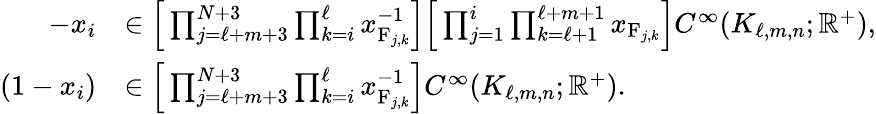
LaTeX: \begin{array}{rl}{-x_{i}}&{\in\Big[\prod_{j=\ell+m+3}^{N+3}\prod_{k=i}^{\ell}x_{\mathrm{F}_{j,k}}^{-1}\Big]\Big[\prod_{j=1}^{i}\prod_{k=\ell+1}^{\ell+m+1}x_{\mathrm{F}_{j,k}}\Big]C^{\infty}(K_{\ell,m,n};\mathbb{R}^{+}),}\\ {(1-x_{i})}&{\in\Big[\prod_{j=\ell+m+3}^{N+3}\prod_{k=i}^{\ell}x_{\mathrm{F}_{j,k}}^{-1}\Big]C^{\infty}(K_{\ell,m,n};\mathbb{R}^{+}).}\end{array}